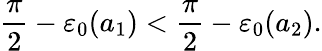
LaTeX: \frac{\pi}{2}-\varepsilon_{0}(a_{1})<\frac{\pi}{2}-\varepsilon_{0}(a_{2}).